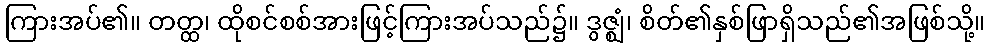
ကြားအပ်၏။ တတ္ထ၊ ထိုစင်စစ်အားဖြင့်ကြားအပ်သည်၌။ ဒွဇ္ဈံ၊ စိတ်၏နှစ်ဖြာရှိသည်၏အဖြစ်သို့။